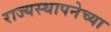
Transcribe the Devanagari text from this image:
राज्‍यस्‍थापनेच्या